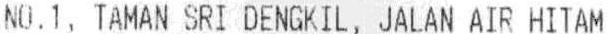
NO.1, TAMAN SRI DENGKIL, JALAN AIR HITAM